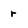
Character: r